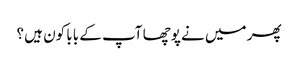
پھر میں نے پوچھا آپ کے بابا کون ہیں ؟